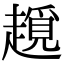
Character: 𧽨